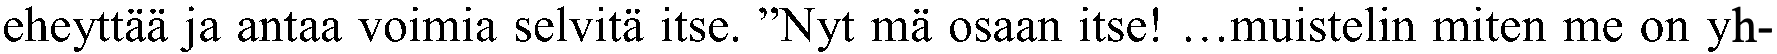
eheyttää ja antaa voimia selvitä itse. ”Nyt mä osaan itse! …muistelin miten me on yh-